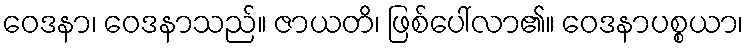
ဝေဒနာ၊ ဝေဒနာသည်။ ဇာယတိ၊ ဖြစ်ပေါ်လာ၏။ ဝေဒနာပစ္စယာ၊